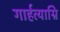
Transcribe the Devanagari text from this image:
गार्हत्याग्नि